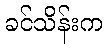
ခင်သိန်းက